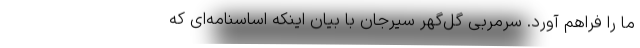
ما را فراهم آورد. سرمربی گل‌گهر سیرجان با بیان اینکه اساسنامه‌ای که